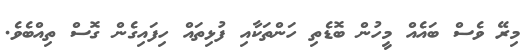
މިރޭ ވެސް ބައެއް މީހުން ބޮޑެތި ހަންތަކާއި ފުޅިތައް ހިފައިގެން ގޮސް ތިއްބެވެ.